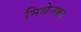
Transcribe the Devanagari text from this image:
मिथेनका